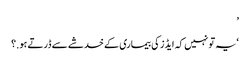
’
‘یہ تو نہیں کہ ایڈز کی بیماری کے خدشے سے ڈرتے ہو.؟